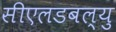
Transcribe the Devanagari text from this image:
सीएलडबल्यु